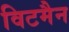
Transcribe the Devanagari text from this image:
विटमैन